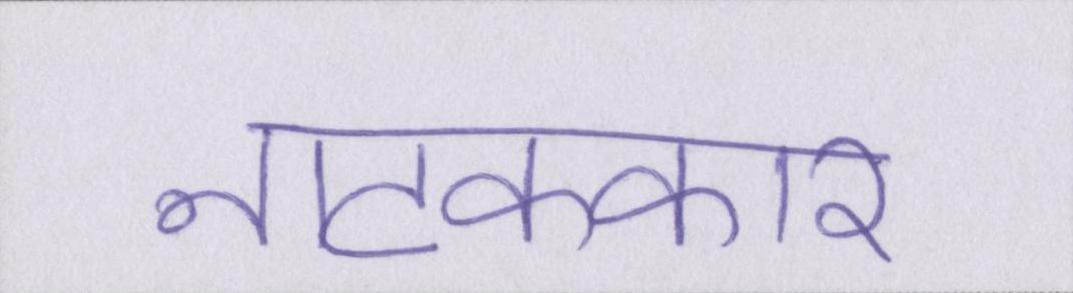
नाटककार